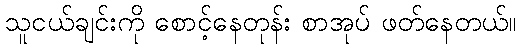
သူငယ်ချင်းကို စောင့်နေတုန်း စာအုပ် ဖတ်နေတယ်။